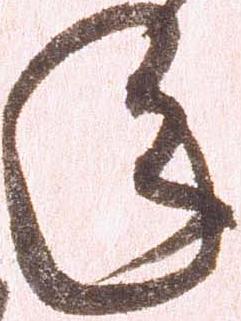
年